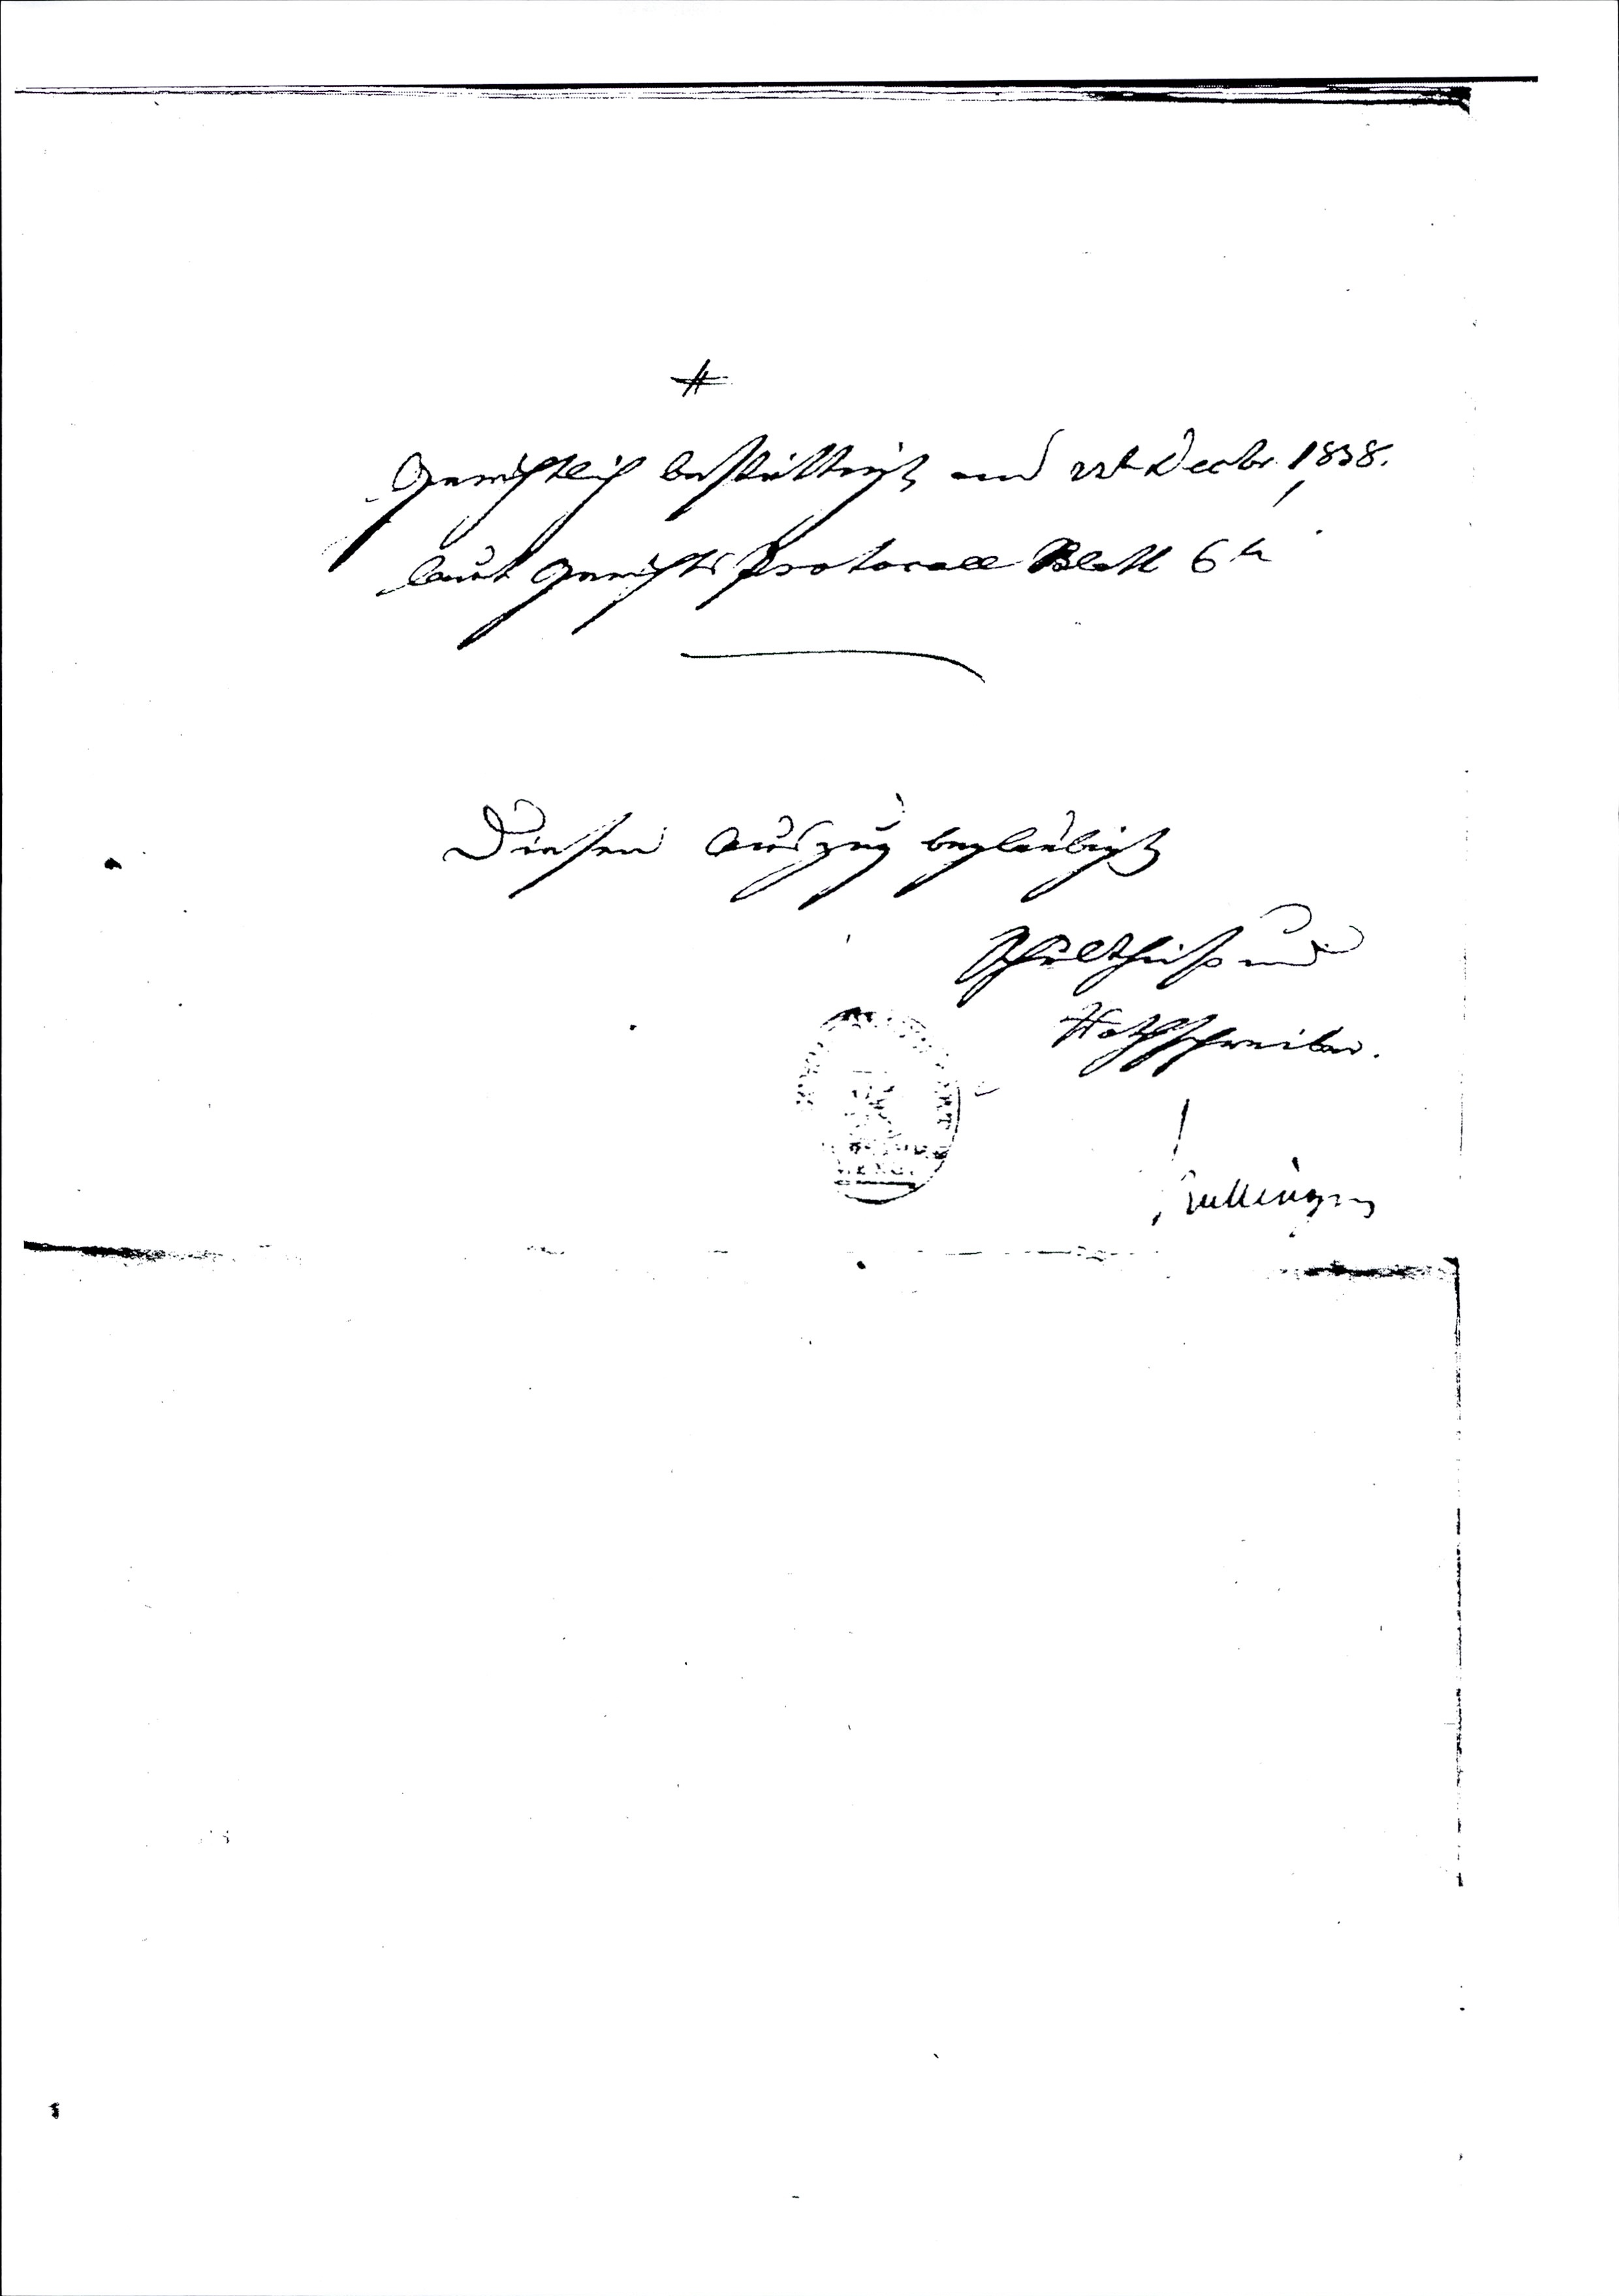
Gerichtlich bestättigt am 22t Decbr 1838.
laut Gerichts Protocoll Blatt 6
Diesen Auszug beglaubigt
Schultheiß und
Rathschreiber.
Ballinger